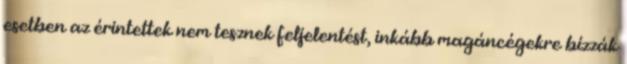
esetben az érintettek nem tesznek feljelentést, inkább magáncégekre bízzák